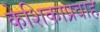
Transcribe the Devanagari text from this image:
केशिकाप्रवाह